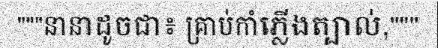
"""នានាដូចជា៖ គ្រាប់កាំភ្លើងត្បាល់,"""